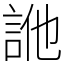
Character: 𧦭